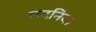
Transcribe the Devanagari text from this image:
लदनिया